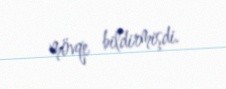
mövqe bildirmişdi.